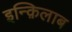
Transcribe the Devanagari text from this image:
इन्क़िलाब